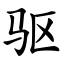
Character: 驱